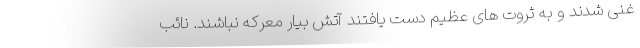
غنی شدند و به ثروت های عظیم دست یافتند آتش بیار معرکه نباشند. نائب